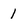
Character: 1